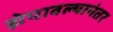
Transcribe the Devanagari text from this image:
झेपावल्यानंतर